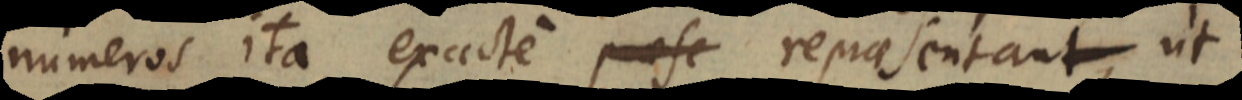
numeros ita exacte repraesentant, ut